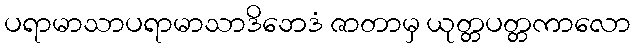
ပရာမာသာပရာမာသာဒိဘေဒံ ဇာတာမှ ယုတ္တပတ္တကာလော